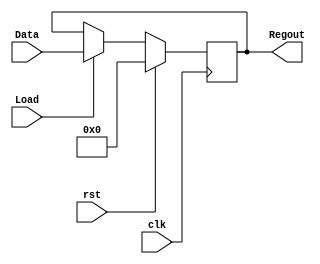
module RegisterALU(
input clk,rst,Load,
input [3:0] Data,
output reg [3:0] Regout
    );
	 //register to save value for DATA_B input using the same switches as in DATA_A input.
always @ (posedge clk) 
begin
if (rst) Regout<=4'd0;
else if (Load) Regout<=Data;  // Load is asserted from toggle control unit
else Regout<=Regout;
end
endmodule